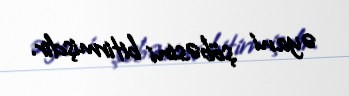
əyani şöbəsini bitirmişdir.